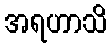
အရဟာသိ